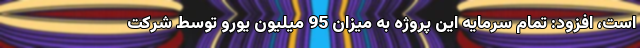
است، افزود: تمام سرمایه این پروژه به میزان 95 میلیون یورو توسط شرکت